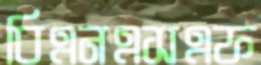
বিএনএসএফ